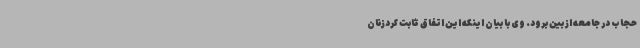
حجاب در جامعه از بین برود. وی با بیان اینکه این اتفاق ثابت کردزنان